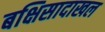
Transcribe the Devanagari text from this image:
बक्षिसादाखल